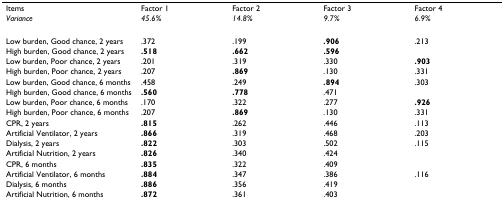
| Items | Factor 1 | Factor 2 | Factor 3 | Factor 4 |
 | Variance | 45.6% | 14.8% | 9.7% | 6.9% |
 | --- | --- | --- | --- | --- |
 | Low burden, Good chance, 2 years | .372 | .199 | .906 | .213 |
 | High burden, Good chance, 2 years | .518 | .662 | .596 |  |
 | Low burden, Poor chance, 2 years | .201 | .319 | .330 | .903 |
 | High burden, Poor chance, 2 years | .207 | .869 | .130 | .331 |
 | Low burden, Good chance, 6 months | .458 | .249 | .894 | .303 |
 | High burden, Good chance, 6 months | .560 | .778 | .471 |  |
 | Low burden, Poor chance, 6 months | .170 | .322 | .277 | .926 |
 | High burden, Poor chance, 6 months | .207 | .869 | .130 | .331 |
 | CPR, 2 years | .815 | .262 | .446 | .113 |
 | Artificial Ventilator, 2 years | .866 | .319 | .468 | .203 |
 | Dialysis, 2 years | .822 | .303 | .502 | .115 |
 | Artificial Nutrition, 2 years | .826 | .340 | .424 |  |
 | CPR, 6 months | .835 | .322 | .409 |  |
 | Artificial Ventilator, 6 months | .884 | .347 | .386 | .116 |
 | Dialysis, 6 months | .886 | .356 | .419 |  |
 | Artificial Nutrition, 6 months | .872 | .361 | .403 |  |